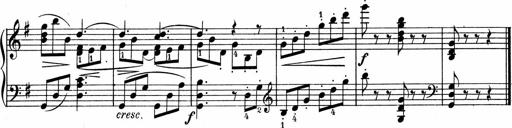
Title: 3 Sonatinen fÃ¼r Pianoforte
Composer: Fritz von Bose